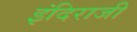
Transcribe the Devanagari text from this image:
इंदिराजी